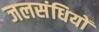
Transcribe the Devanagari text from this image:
जलसंधियों